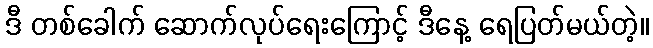
ဒီ တစ်ခေါက် ဆောက်လုပ်ရေးကြောင့် ဒီနေ့ ရေပြတ်မယ်တဲ့။